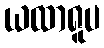
ယထာရူပ